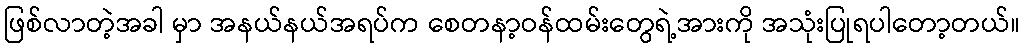
ဖြစ်လာတဲ့အခါ မှာ အနယ်နယ်အရပ်က စေတနာ့ဝန်ထမ်းတွေရဲ့အားကို အသုံးပြုရပါတော့တယ်။